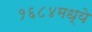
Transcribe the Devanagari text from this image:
१६८४मध्ये